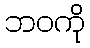
ဘဝကို